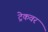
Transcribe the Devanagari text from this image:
ट्रेकवर